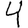
Digit: 4